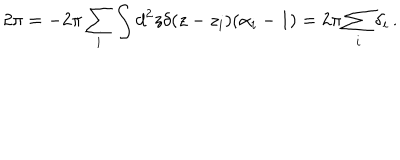
2 \pi = - 2 \pi \sum _ { i } \int d ^ { 2 } z \delta ( z - z _ { i } ) ( \alpha _ { i } - 1 ) = 2 \pi \sum _ { i } \delta _ { i } \, .